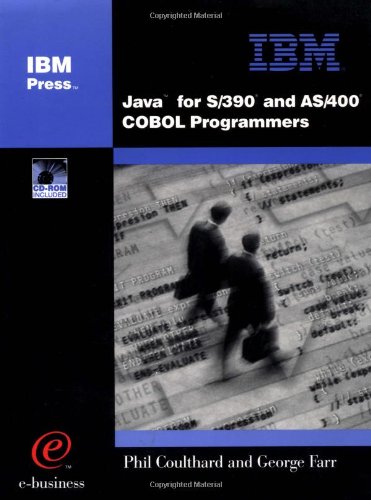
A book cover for Java(tm) for S/390Â® and AS/400Â® COBOL Programmers; George Farr; Computers & Technology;